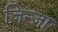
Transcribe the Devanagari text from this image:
जिन्जा